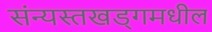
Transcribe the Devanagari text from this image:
संन्यस्तखड्गमधील